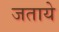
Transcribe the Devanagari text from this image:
जताये